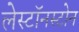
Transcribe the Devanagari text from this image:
लेस्टॉनस्टोन